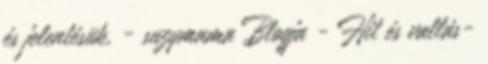
és jelentésük, - suzymama Blogja - Hit és vallás-